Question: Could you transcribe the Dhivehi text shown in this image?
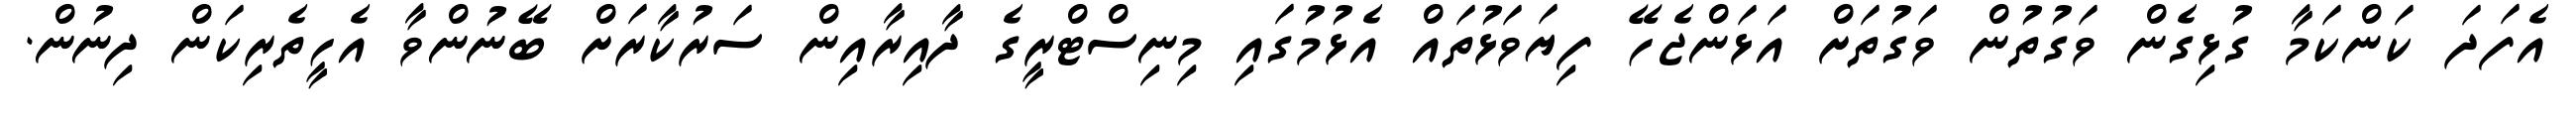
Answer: އެފަދަ ކަންކަމާ ގުޅިގެން ވަގުތުން ވަގުތަށް އަޅަންޖެހޭ ފިޔަވަޅުތައް އެޅުމުގައި މިނިސްޓްރީގެ ދާއިރާއިން ސަރުކާރަށް ބޭނުންވާ އެހީތެރިކަން ދިނުން.